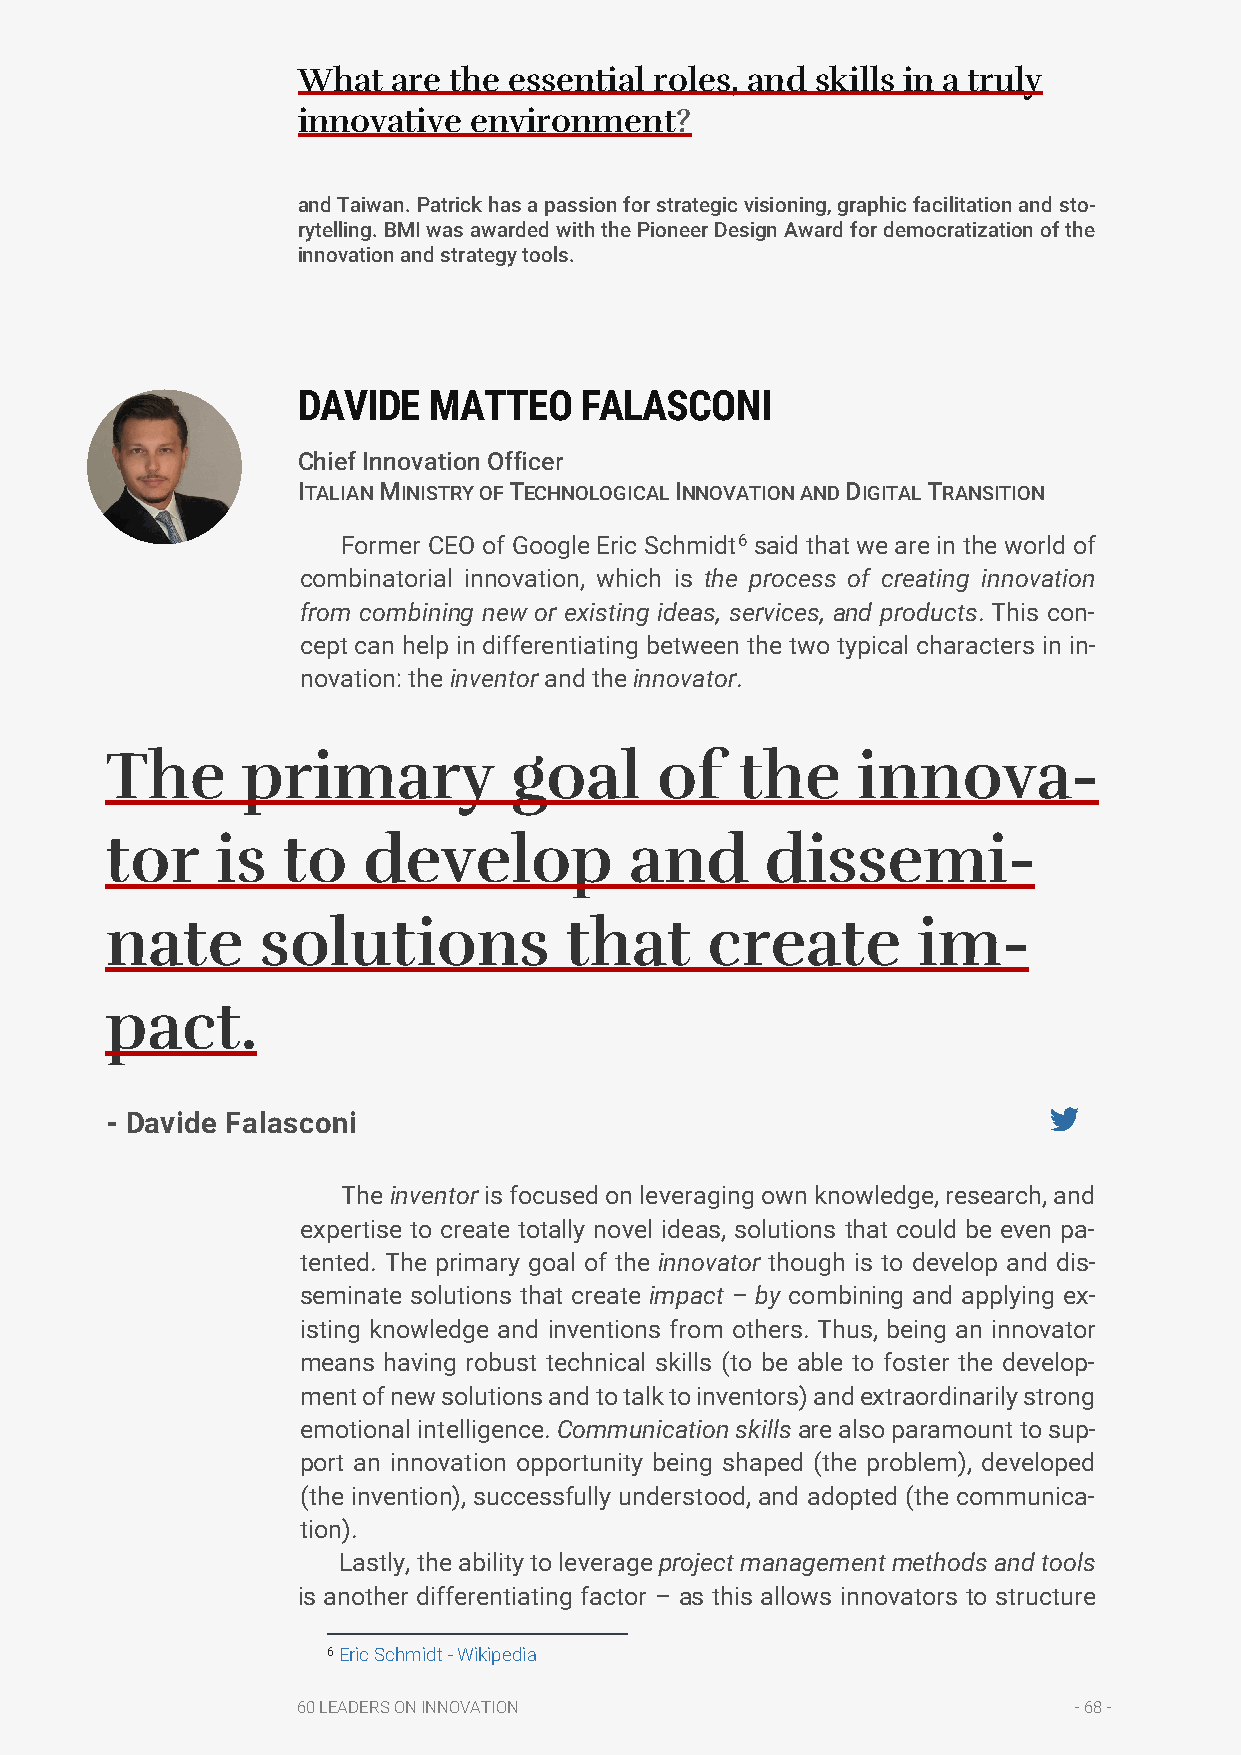
What  are the essential roles, and skills in a truly
 innovative environment?
 and Taiwan. Patrick has a passion for strategic visioning, graphic facilitation and sto-
 rytelling. BMI was awarded with the Pioneer Design Award for democratization of the
 innovation and strategy tools.
 DAVIDE  MATTEO    FALASCONI
 Chief Innovation Officer
 ITALIAN MINISTRY OF TECHNOLOGICAL INNOVATION AND DIGITAL TRANSITION
 Former CEO of Google Eric Schmidt6 said that we are in the world of
 combinatorial innovation, which is the process of creating innovation
 from combining new or existing ideas, services, and products. This con-
 cept can help in differentiating between the two typical characters in in-
 novation: the inventor and the innovator.
 The      primary           goal     of    the     innova-
 tor    is   to   develop           and      dissemi-
 nate      solutions           that      create        im-
 pact.
 - Davide Falasconi
 The inventor is focused on leveraging own knowledge, research, and
 expertise to create totally novel ideas, solutions that could be even pa-
 tented. The primary goal of the innovator though is to develop and dis-
 seminate solutions that create impact – by combining and applying ex-
 isting knowledge and inventions from others. Thus, being an innovator
 means having robust technical skills (to be able to foster the develop-
 ment of new solutions and to talk to inventors) and extraordinarily strong
 emotional intelligence. Communication skills are also paramount to sup-
 port an innovation opportunity being shaped (the problem), developed
 (the invention), successfully understood, and adopted (the communica-
 tion).
 Lastly, the ability to leverage project management methods and tools
 is another differentiating factor – as this allows innovators to structure
 6 Eric Schmidt - Wikipedia
 60 LEADERS ON INNOVATION                           - 68 -